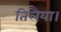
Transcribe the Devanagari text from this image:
तिलैया।